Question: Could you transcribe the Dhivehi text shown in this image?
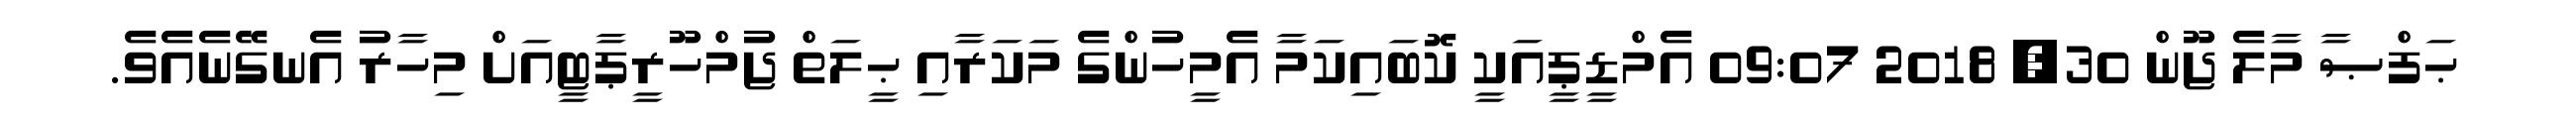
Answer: ޙަފްޞާ މާލެ ޖޫން 30, 2018 09:07 އެމްޑީޕީއަކީ ކޮބައިކަމާ އެމީހުންގެ މަކަރާއި ޙީލަތް ޖުމްހޫރީޕާޓީއަށް މިހާރު އެނގޭނެއެވެ.